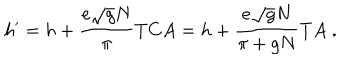
h ^ { \prime } = h + \frac { e \sqrt { g } N } { \pi } T C A = h + \frac { e \sqrt { g } N } { \pi + g N } T A \; .